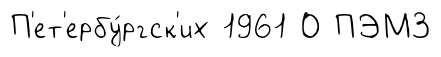
П'ет'ербу́ргск'их 1961 О ПЭМ3